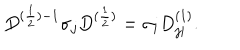
D ^ { ( \frac { 1 } { 2 } ) - 1 } { \sigma } _ { j } D ^ { ( \frac { 1 } { 2 } ) } = { \sigma } _ { i } D _ { j i } ^ { ( 1 ) } .